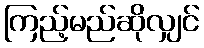
ကြည့်မည်ဆိုလျှင်